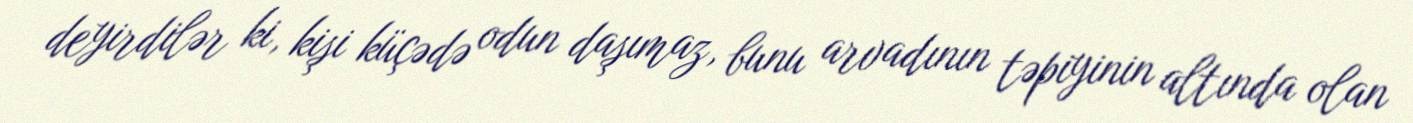
deyirdilər ki, kişi küçədə odun daşımaz, bunu arvadının təpiyinin altında olan